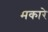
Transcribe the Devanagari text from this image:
मकारे